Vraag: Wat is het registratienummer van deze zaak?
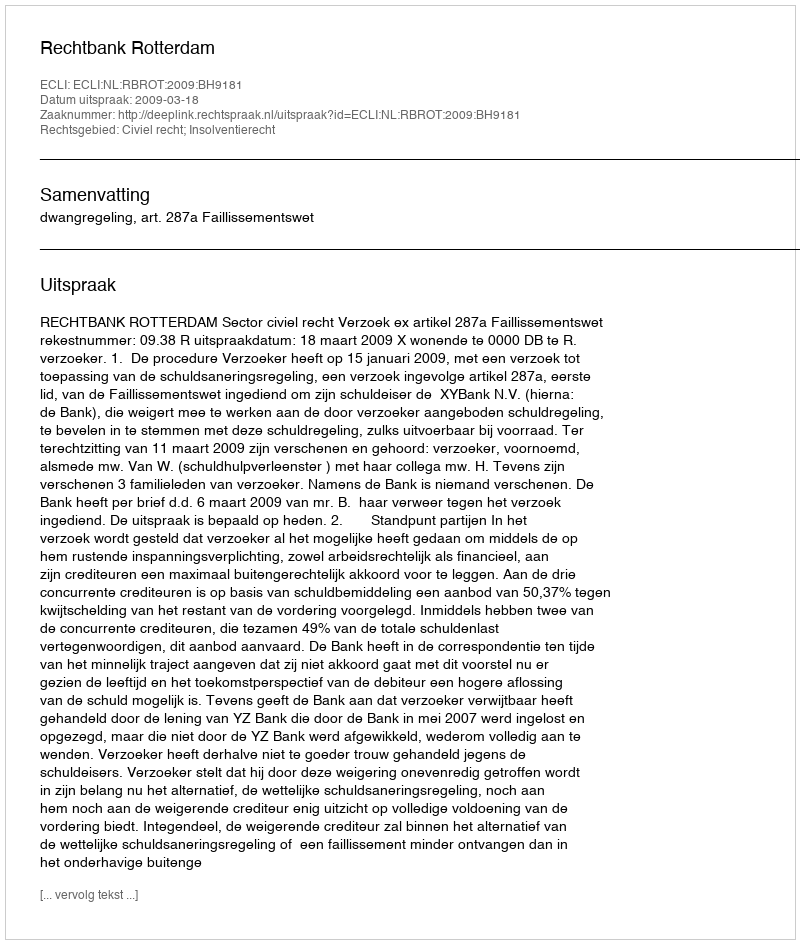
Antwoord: http://deeplink.rechtspraak.nl/uitspraak?id=ECLI:NL:RBROT:2009:BH9181